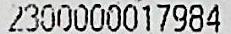
2300000017984